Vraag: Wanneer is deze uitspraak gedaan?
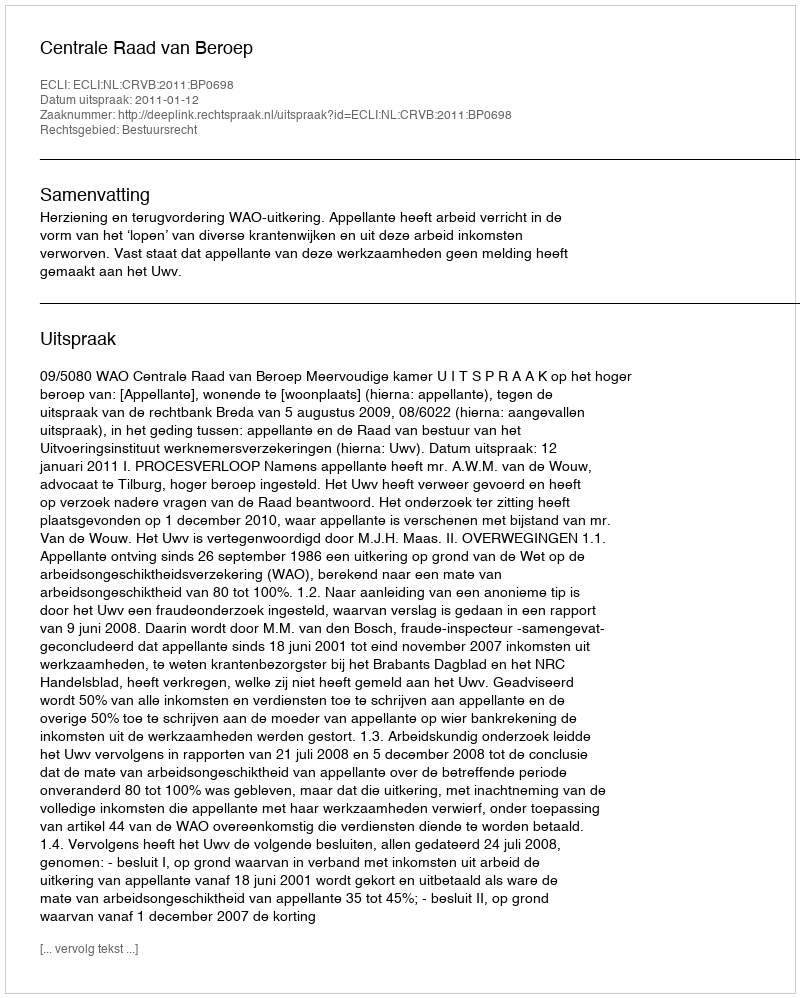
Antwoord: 2011-01-12